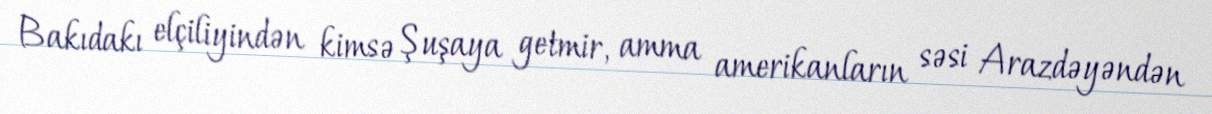
Bakıdakı elçiliyindən kimsə Şuşaya getmir, amma amerikanların səsi Arazdəyəndən